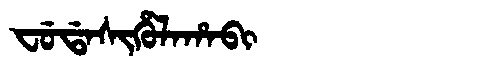
Manchu: ᠸᡠᡩᠠᠰᡳᡥᡠᠯᠠᡥᠠᠪᡳ
Romanization: FUDASIHULAHABI